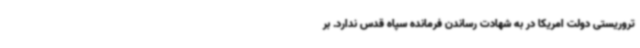
تروریستی دولت امریکا در به شهادت رساندن فرمانده سپاه قدس ندارد. بر